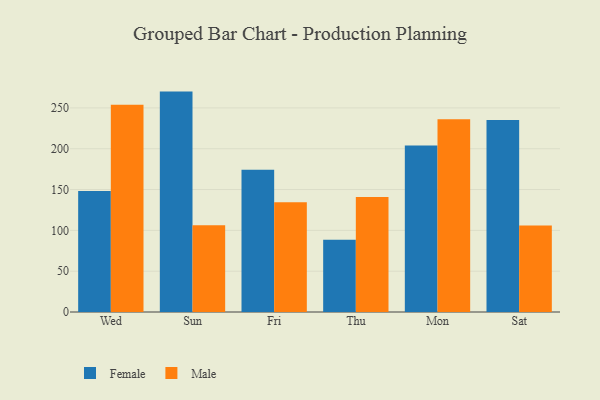
{"axis": {"x": "Day", "y": "Active Users"}, "legend": ["Female", "Male"], "data": [{"x": "Wed", "y": 148.3, "type": "Female"}, {"x": "Wed", "y": 254.0, "type": "Male"}, {"x": "Sun", "y": 270.0, "type": "Female"}, {"x": "Sun", "y": 106.2, "type": "Male"}, {"x": "Fri", "y": 174.4, "type": "Female"}, {"x": "Fri", "y": 134.6, "type": "Male"}, {"x": "Thu", "y": 88.4, "type": "Female"}, {"x": "Thu", "y": 140.8, "type": "Male"}, {"x": "Mon", "y": 203.9, "type": "Female"}, {"x": "Mon", "y": 236.2, "type": "Male"}, {"x": "Sat", "y": 235.3, "type": "Female"}, {"x": "Sat", "y": 105.9, "type": "Male"}]}